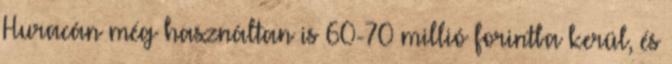
Huracán még használtan is 60-70 millió forintba kerül, és